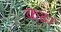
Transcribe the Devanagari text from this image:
कढा